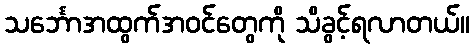
သင်္ဘောအထွက်အဝင်တွေကို သိခွင့်ရလာတယ်။